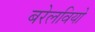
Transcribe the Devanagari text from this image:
बरेलवियो